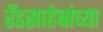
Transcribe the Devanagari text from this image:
रँडसाहेबांच्या